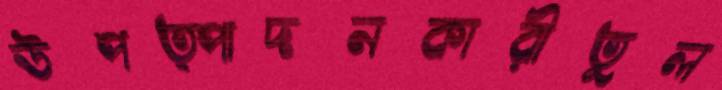
উপত্পাদনকারীতুল